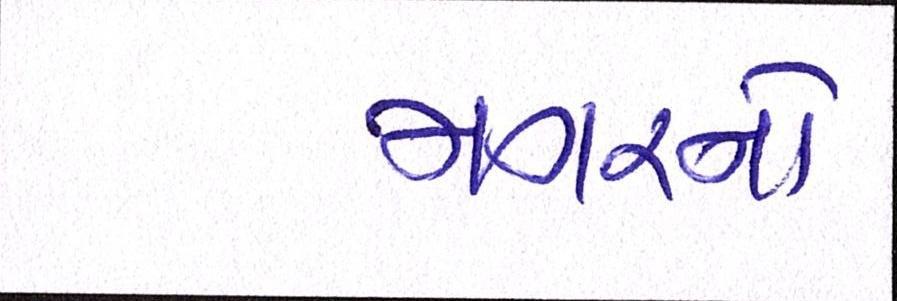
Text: મગરનો